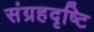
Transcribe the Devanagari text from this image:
संग्रहदृष्टि